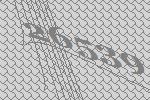
26539